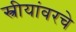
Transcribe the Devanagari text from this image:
स्त्रीयांवरचे